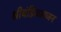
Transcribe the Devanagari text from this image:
श्रीचंडिकायजन